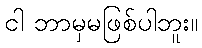
ငါ ဘာမှမဖြစ်ပါဘူး။